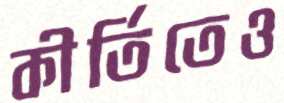
কীর্তিতেও